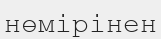
нөмірінен